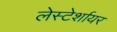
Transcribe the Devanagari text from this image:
लेस्टेर्शायर